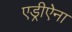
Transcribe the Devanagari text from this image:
एड्रीऐना